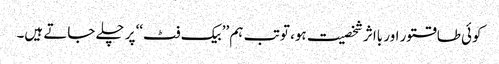
کوئی طاقتور اور بااثر شخصیت ہو، تو تب ہم ’’بیک فٹ‘‘ پر چلے جاتے ہیں۔